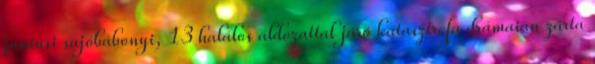
júniusi sajóbábonyi, 13 halálos áldozattal járó katasztrófa drámaian zárta